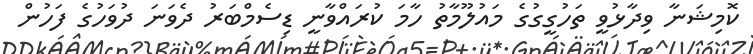
ކޮމިޝަނާ ވިދާޅުވީ ތަހުގީގުގެ މައުލޫމާތު ހާމަ ކުރައްވާނީ ޑިސެމްބަރު ދެވަނަ ދުވަހުގެ ފަހުން